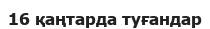
16 қаңтарда туғандар